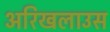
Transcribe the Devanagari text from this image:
अरिखलाउस